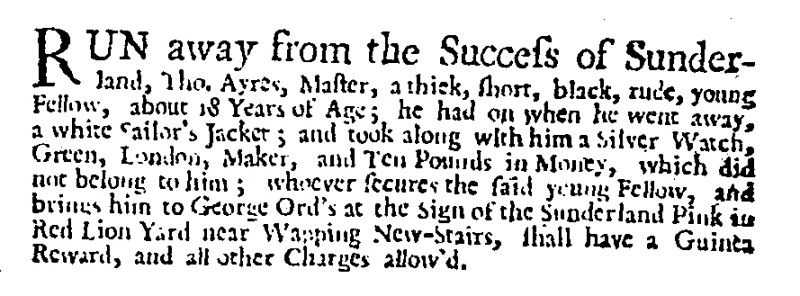
Daily Post, 1 March 1728 (England)
RUN away from the Success of Sunderland, Tho. Ayres, Master, a thick, short, black, rude, young Fellow, about 18 Years of Age; he had on when he went away, a white Sailor’s Jacket; and took along with him a Silver Watch, Green, London, Maker, and Ten Pounds in Money, which did not belong to him; whoever secures the said young Fellow, and brings him to George Ord’s at the Sign of the Sunderland Pink in Red Lion Yard near Wapping New-Stairs, shall have a Guinea Reward, and all other Charges allow’d.